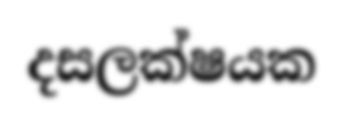
දසලක්ෂයක